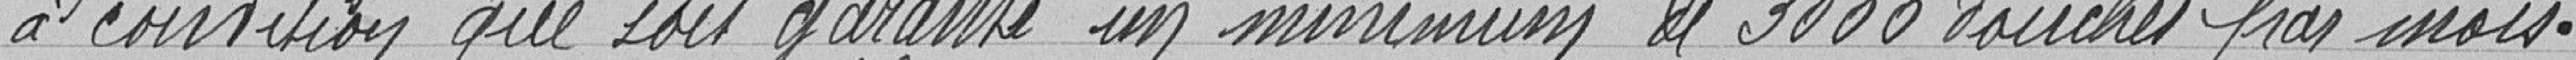
à condition que soit garanti un minimum de 3000 douches par mois.